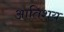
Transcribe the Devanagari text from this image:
आतिशय